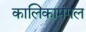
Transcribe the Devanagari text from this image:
कालिकामंगल